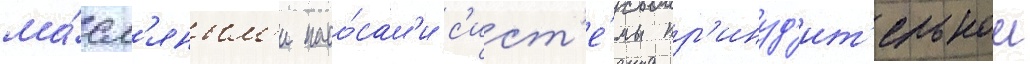
ма́сл'яным'и насо́сам'и с'ист'е́мы пр'инуд'ит'ельнои